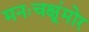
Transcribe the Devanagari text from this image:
मनःचक्षूंमोर